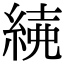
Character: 𦁱